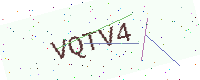
Text: VQTV4